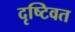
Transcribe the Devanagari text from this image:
दृष्टिवत